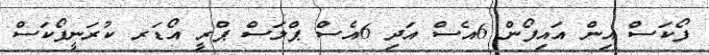
ފޯކަސް އިން އައިފޯން 6އެސް އަދި 6އެސް ޕްލަސް ޕްރީ އޯޑަރ ކުރަނީފޯކަސް